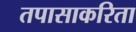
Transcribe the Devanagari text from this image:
तपासाकरिता